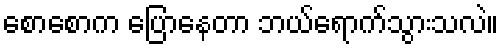
စောစောက ပြောနေတာ ဘယ်ရောက်သွားသလဲ။